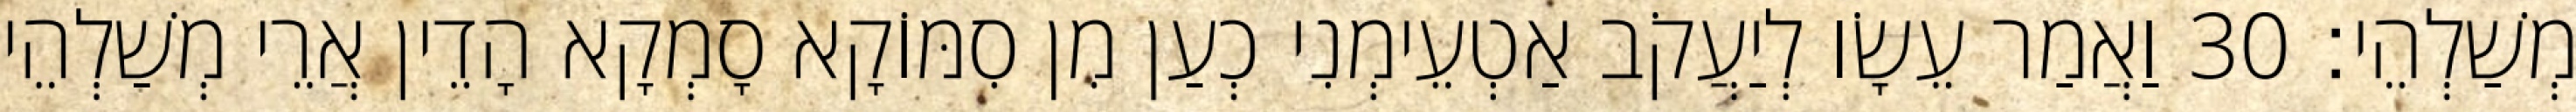
מְשַׁלְהֵי׃ 30 וַאֲמַר עֵשָׂו לְיַעֲקֹב אַטְעֵימְנִי כְעַן מִן סִמּוֹקָא סָמְקָא הָדֵין אֲרֵי מְשַׁלְהֵי